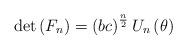
LaTeX: \begin{align*}\det \left( F_{n}\right) =\left( bc\right) ^{\frac{n}{2}}U_{n}\left( \theta\right) \end{align*}